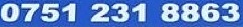
0751 231 8863